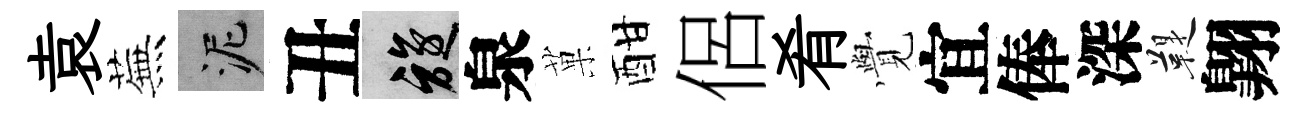
袁蕪泥丑旋泉菓酣侶肴𮗜宜俸深鞮翺